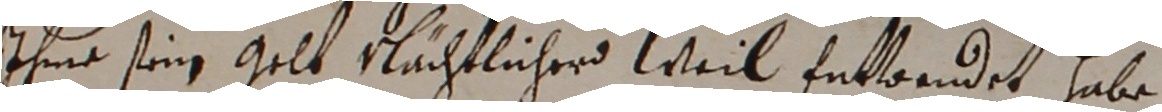
ihme sein gelt rlächtlicher weil fntwandet habe